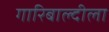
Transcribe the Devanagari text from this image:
गारिबाल्दीला